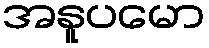
အနူပမော